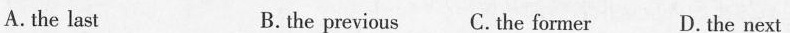
A. the last B. the previous C.the former D.the next